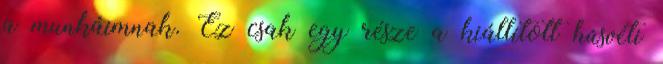
a munkáimnak. Ez csak egy része a kiállított húsvéti